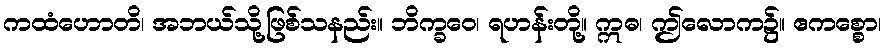
ကထံဟောတိ၊ အဘယ်သို့ဖြစ်သနည်း။ ဘိက္ခဝေ၊ ရဟန်းတို့။ ဣဓ၊ ဤလောက၌။ ဧကစ္စော၊